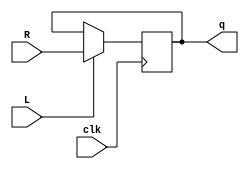
`timescale 1ns / 1ps
//////////////////////////////////////////////////////////////////////////////////
// Company: 
// Engineer: 
// 
// Design Name: 
// Module Name: submodule
// Project Name: 
// Target Devices: 
// Tool Versions: 
// Description: 
// 
// Dependencies: 
// 
// Revision:
// Revision 0.01 - File Created
// Additional Comments:
// 
//////////////////////////////////////////////////////////////////////////////////


module MUX (
  input clk,
  input wire L,
  input R,
  output wire q
);

  reg q_1=1'b0;
  
  always @(posedge clk) begin
    if (L) begin
      q_1 <= R;
    end
    else
    q_1<= q;
    end

  assign q = q_1;

endmodule